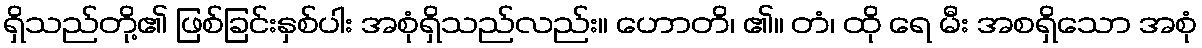
ရှိသည်တို့၏ ဖြစ်ခြင်းနှစ်ပါး အစုံရှိသည်လည်း။ ဟောတိ၊ ၏။ တံ၊ ထို ရေ မီး အစရှိသော အစုံ